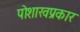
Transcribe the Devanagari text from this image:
पोशाखप्रकार